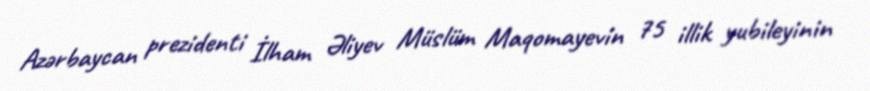
Azərbaycan prezidenti İlham Əliyev Müslüm Maqomayevin 75 illik yubileyinin